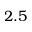
2 . 5